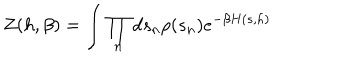
LaTeX: Z ( h , \beta ) = \int \prod _ { n } d s _ { n } \rho ( s _ { n } ) e ^ { - \beta H ( s , h ) }